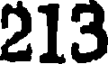
213